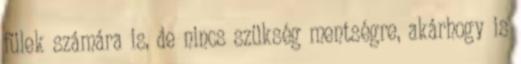
fülek számára is, de nincs szükség mentségre, akárhogy is